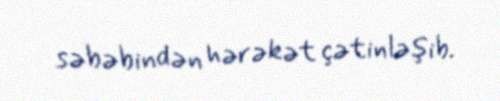
səbəbindən hərəkət çətinləşib.